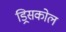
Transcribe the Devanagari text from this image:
ड्रिसकोल